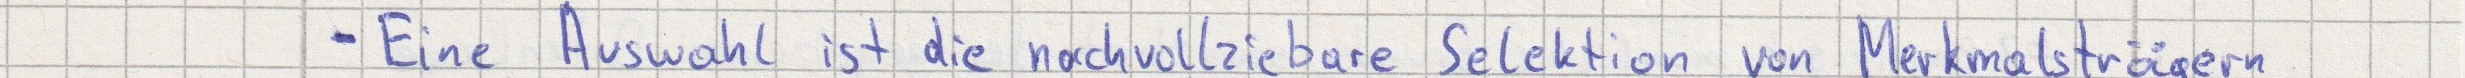
- Eine Auswahl ist die nachvollziebare Selektion von Merkmalsträgern